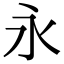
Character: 永